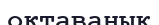
октаванық